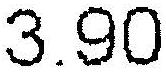
3.90